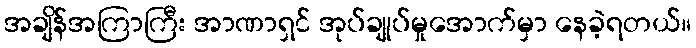
အချိန်အကြာကြီး အာဏာရှင် အုပ်ချုပ်မှုအောက်မှာ နေခဲ့ရတယ်။